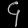
Digit: ၄